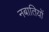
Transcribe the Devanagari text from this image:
नबातियों